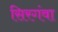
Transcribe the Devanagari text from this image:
सिरगंवा